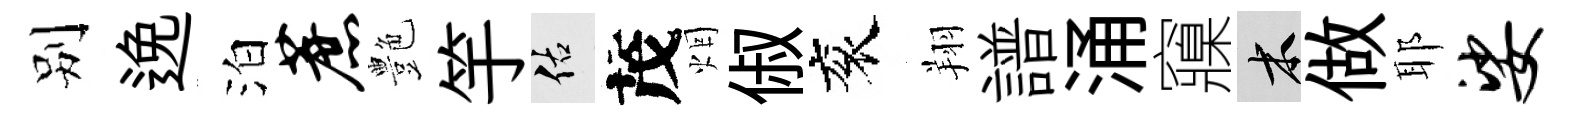
别𨓜泊蔗艶竽佑茂烟俶衮翔譜涌䆿木做耶娑